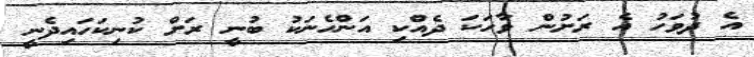
އެ ދުވަހު އެ ރަށުން ވާހަކަ ދެއްކި އަންހެނަކު ބުނީ ރަށް ކުނިކަހައިދެނީ